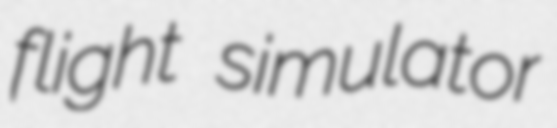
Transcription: flight simulator